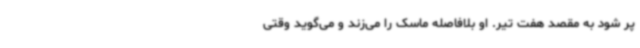
پر شود به مقصد هفت‌ تیر. او بلافاصله ماسک را می‌زند و می‌گوید وقتی